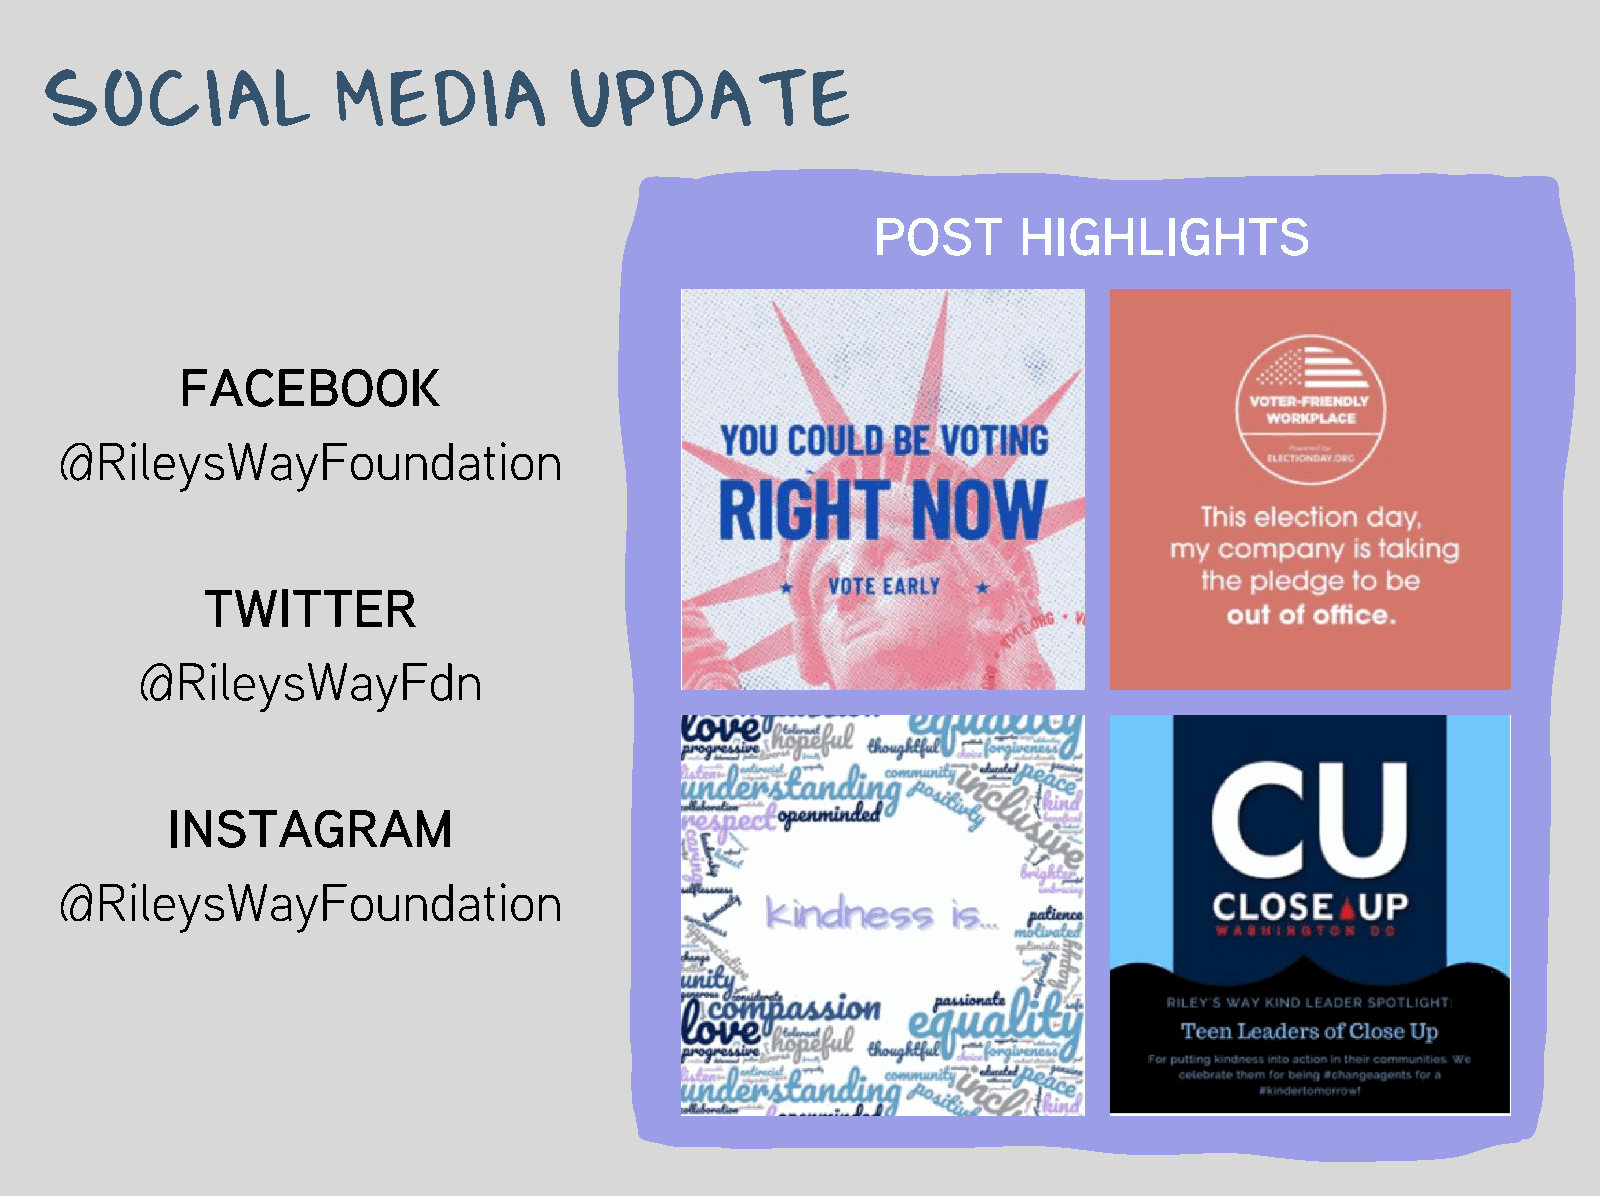
SOCIAL             MEDIA           UPDATE
 POST     HIGHLIGHTS
 FACEBOOK
 @RileysWayFoundation
 TWITTER
 @RileysWayFdn
 INSTAGRAM
 @RileysWayFoundation